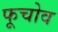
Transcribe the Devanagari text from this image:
फूचोव